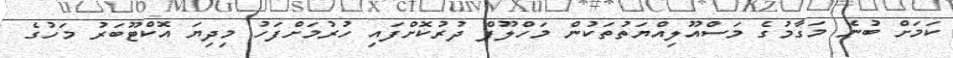
ކަމަށް ބުނެ މަގާމުގެ މަސްއޫލިއްޔަތުތަކުން މަހްލޫފް ދުރުކޮށްފައި ހުރުމަށްފަހު މިދިޔަ އޮކްޓޫބަރު މަހުގެ